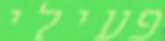
פעילי